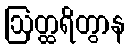
ဩတ္ထရိတွာန